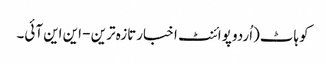
کوہاٹ(اُردو پوائنٹ اخبارتازہ ترین - این این آئی۔